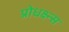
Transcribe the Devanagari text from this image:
प्रोधक्ष्न्स